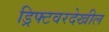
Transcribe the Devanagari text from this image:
ड्रिफ्टवरदेखील